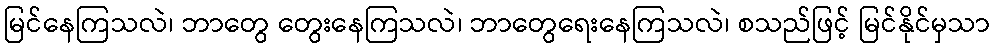
မြင်နေကြသလဲ၊ ဘာတွေ တွေးနေကြသလဲ၊ ဘာတွေရေးနေကြသလဲ၊ စသည်ဖြင့် မြင်နိုင်မှသာ